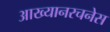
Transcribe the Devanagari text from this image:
आख्यानरचनेस